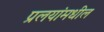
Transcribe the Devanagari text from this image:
प्रलयांमधील